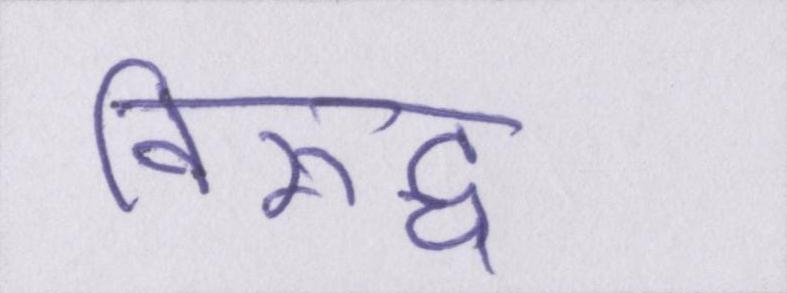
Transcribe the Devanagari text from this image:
विरूद्ध